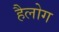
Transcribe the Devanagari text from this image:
हैलोग